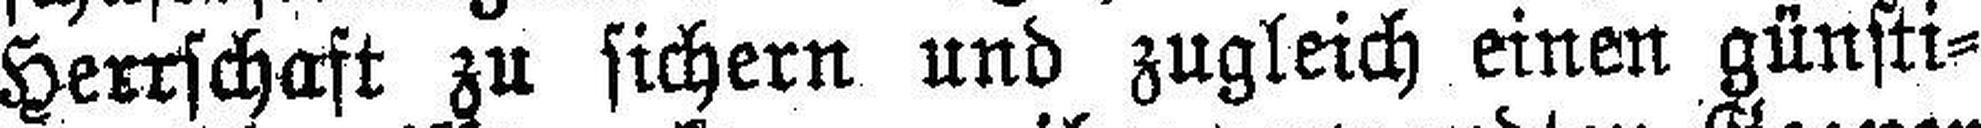
Herrschaft zu sichern und zugleich einen günsti¬